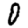
Digit: 0